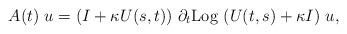
LaTeX: \begin{align*} \begin{array}{ll} A(t) ~ u = (I+ \kappa U(s,t))~ \partial_{t} {\rm Log} ~ (U(t,s) + \kappa I) ~ u, \end{array} \end{align*}